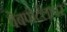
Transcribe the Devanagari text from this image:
वेबपोर्टलावर